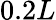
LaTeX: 0.2L